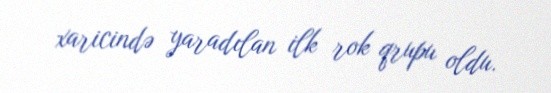
xaricində yaradılan ilk rok qrupu oldu.